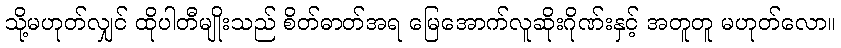
သို့မဟုတ်လျှင် ထိုပါတီမျိုးသည် စိတ်ဓာတ်အရ မြေအောက်လူဆိုးဂိုဏ်းနှင့် အတူတူ မဟုတ်လော။